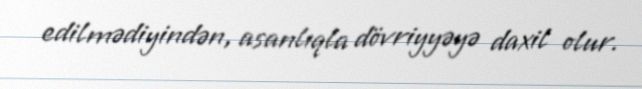
edilmədiyindən, asanlıqla dövriyyəyə daxil olur.